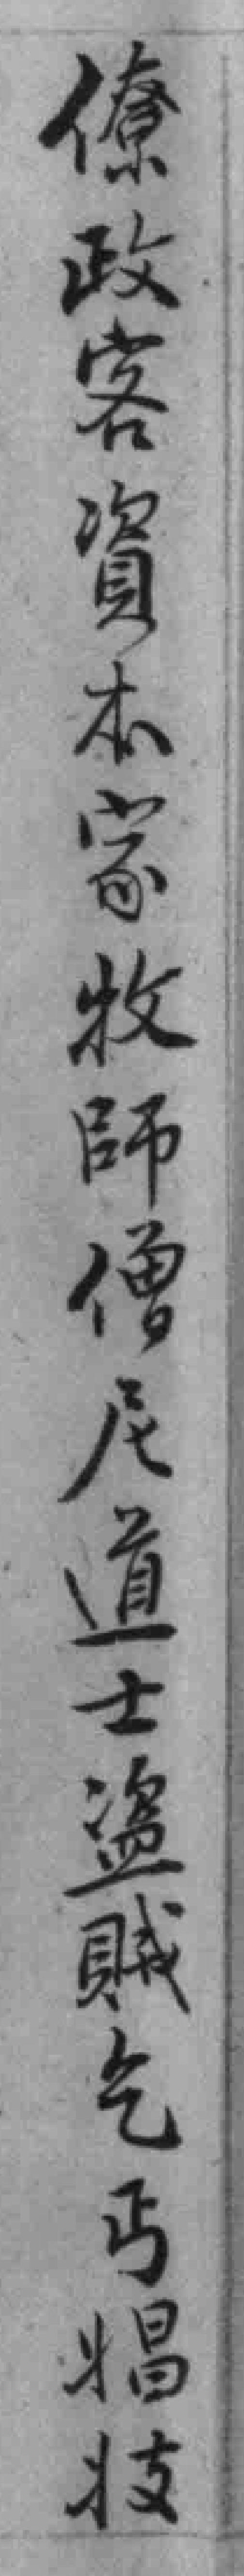
僚政客資本家牧師僧尼道士盗賊乞丐娼妓